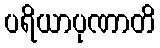
ပရိယာပုဏာတိ